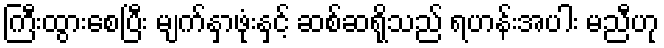
ကြီးထွားစေပြီး မျက်နှာဖုံးနှင့် ဆစ်ဆရိုသည် ရဟန်းအပါး မညီဟု